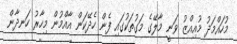
މުހައްމަދު މުއިއްޒު ވަނީ މާލޭގެ މަގުތަކުގައި ފެން ހެދޭކަން އާއްމުން މިހާރު ހަނދާން